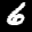
Label: 6